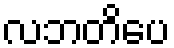
လဘတိပေ